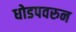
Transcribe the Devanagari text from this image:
धोडपवरुन